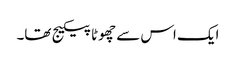
ایک اس سے چھوٹا پیکیج تھا۔